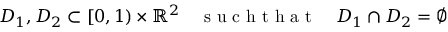
\begin{array} { r } { D _ { 1 } , D _ { 2 } \subset [ 0 , 1 ) \times \mathbb { R } ^ { 2 } \quad \mathrm { ~ s ~ u ~ c ~ h ~ t ~ h ~ a ~ t ~ } \quad D _ { 1 } \cap D _ { 2 } = \emptyset } \end{array}